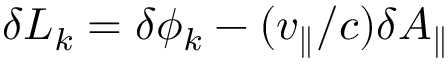
\delta L _ { k } = \delta \phi _ { k } - ( v _ { \parallel } / c ) \delta A _ { \parallel }